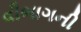
વીભાગની